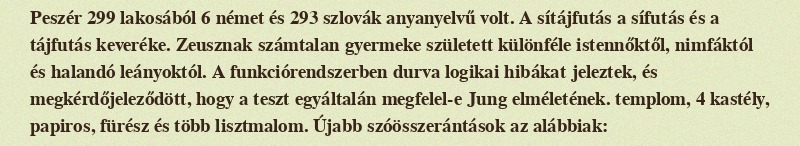
Peszér 299 lakosából 6 német és 293 szlovák anyanyelvű volt. A sítájfutás a sífutás és a tájfutás keveréke. Zeusznak számtalan gyermeke született különféle istennőktől, nimfáktól és halandó leányoktól. A funkciórendszerben durva logikai hibákat jeleztek, és megkérdőjeleződött, hogy a teszt egyáltalán megfelel-e Jung elméletének. templom, 4 kastély, papiros, fürész és több lisztmalom. Újabb szóösszerántások az alábbiak: